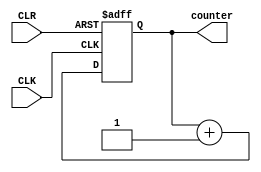
module REG4( //
    input CLK, CLR,
    output reg [3:0] counter
);
always @ (posedge CLK or posedge CLR)  
//CLRor posedge CLR
begin
    if (CLR == 1)
        counter <= 4'b0;
    else 
        counter <= counter + 4'b1;
end
endmodule